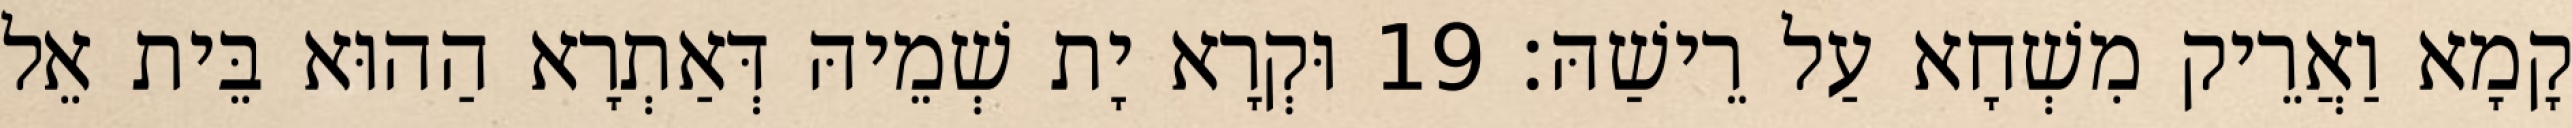
קָמָא וַאֲרֵיק מִשְׁחָא עַל רֵישַׁהּ׃ 19 וּקְרָא יָת שְׁמֵיהּ דְּאַתְרָא הַהוּא בֵּית אֵל